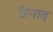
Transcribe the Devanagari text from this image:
त्रिनाद